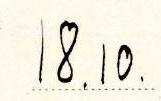
18.10